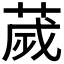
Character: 𦴹